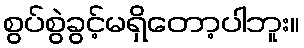
စွပ်စွဲခွင့်မရှိတော့ပါဘူး။